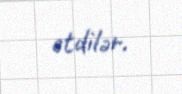
etdilər.